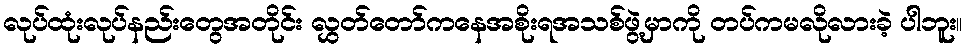
လုပ်ထုံးလုပ်နည်းတွေအတိုင်း လွှတ်တော်ကနေအစိုးရအသစ်ဖွဲ့မှာကို တပ်ကမလိုလားခဲ့ ပါဘူး။